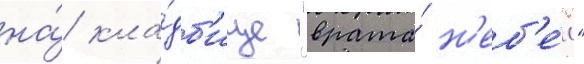
на́ кла́дб'ище "врата́ н'еб'е́с"